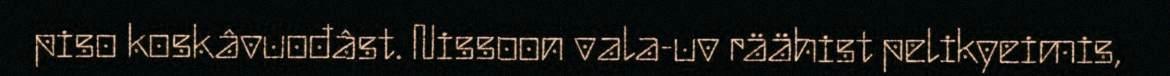
piso koskâvuođâst. Nissoon vala-uv räähist pelikyeimis,